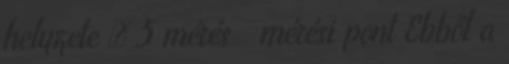
helyzete → 5 mérés mérési pont Ebből a